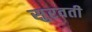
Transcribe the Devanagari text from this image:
सुरवती